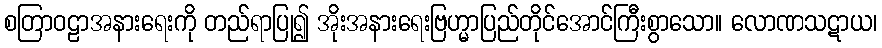
စတြာဝဠာအနားရေးကို တည်ရာပြု၍ အိုးအနားရေးဗြဟ္မာပြည်တိုင်အောင်ကြီးစွာသော။ လောဏသဋာယ၊